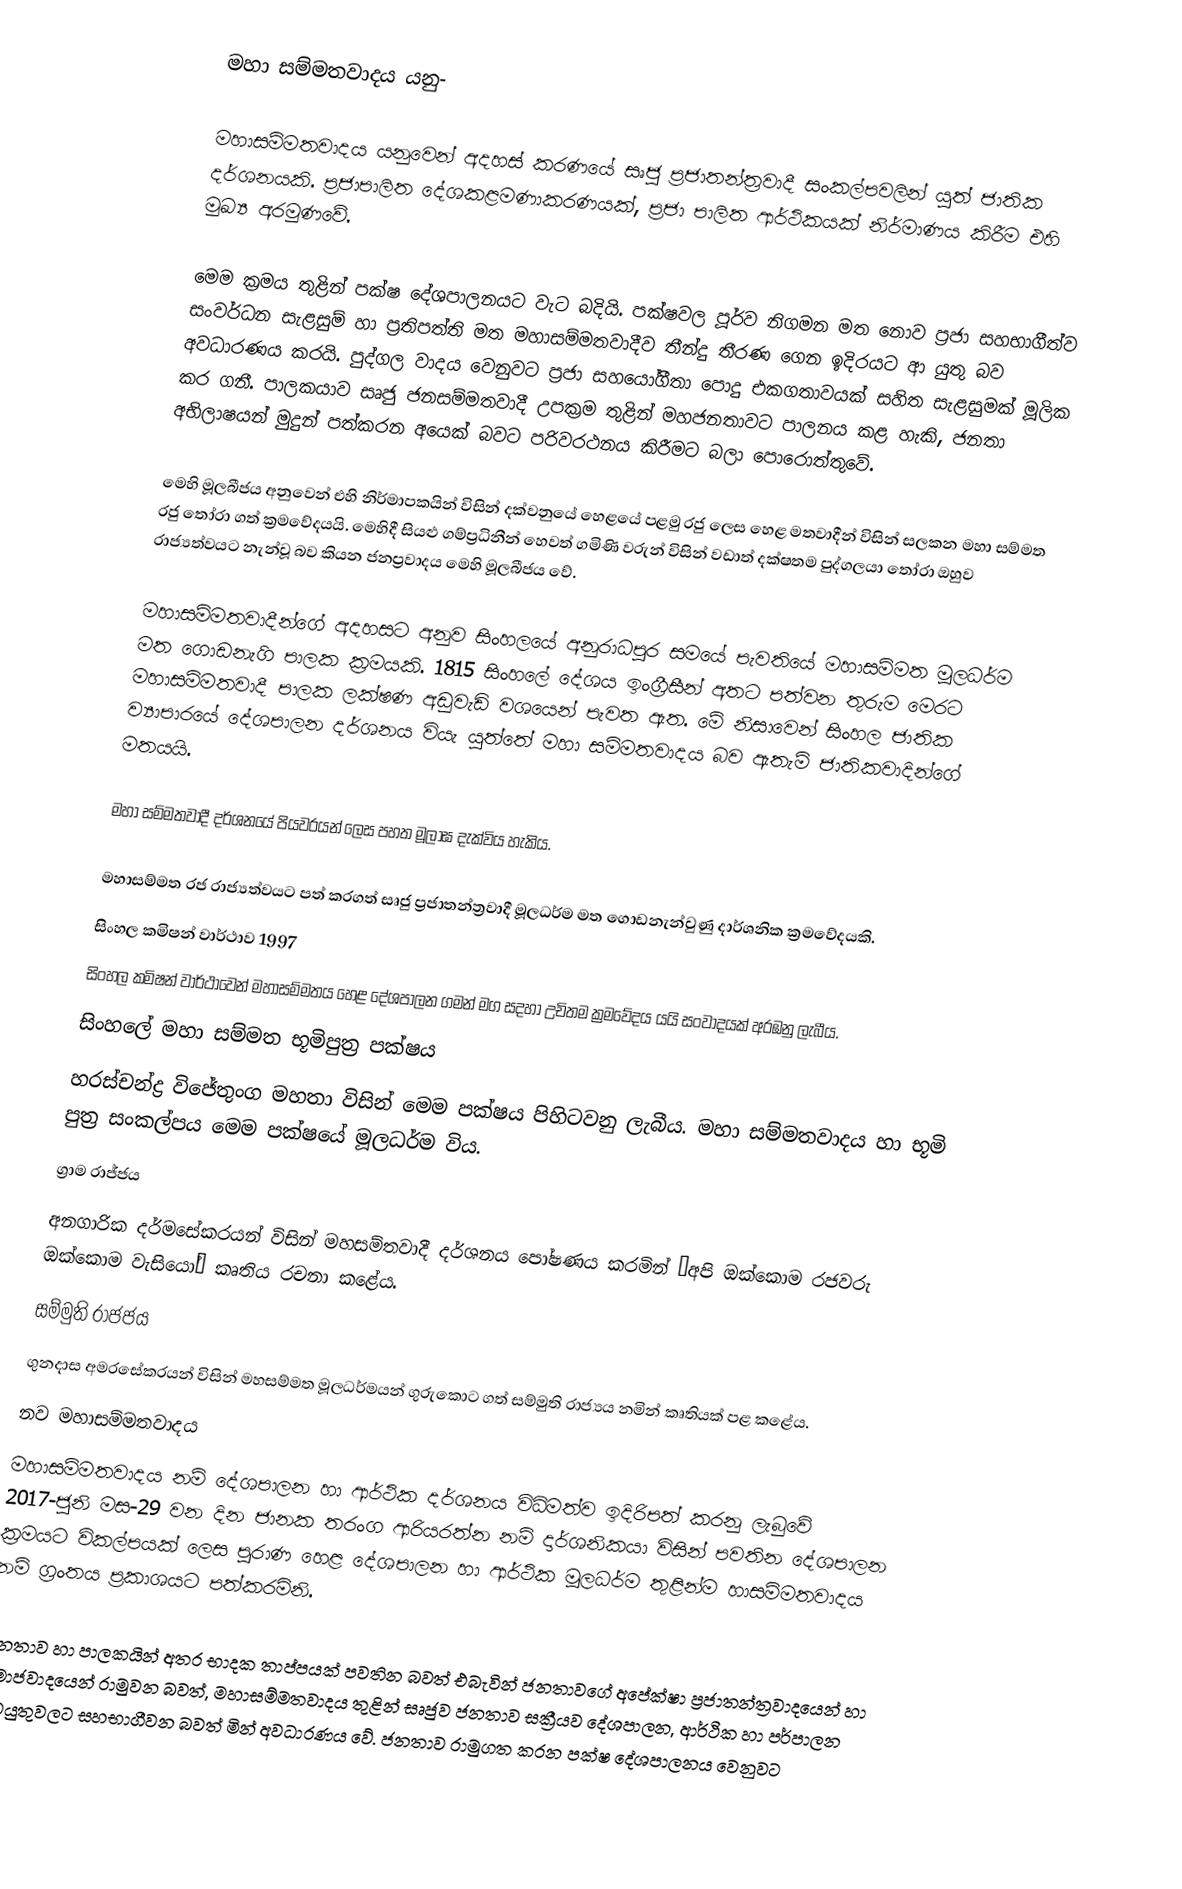
මහා සම්මතවාදය යනු-

මහාසම්මතවාදය යනුවෙන් අදහස් කරණයේ සෘජු ප්‍රජාතන්ත්‍රවාදී සංකල්පවලින් යුත් ජාතික දර්ශනයකි. ප්‍රජාපාලිත දේශකළමණාකරණයක්, ප්‍රජා පාලිත ආර්ථිකයක් නිර්මාණය කිරීම එහි මුඛ්‍ය අරමුණවේ.

මෙම ක්‍රමය තුළින් පක්ෂ දේශපාලනයට වැට බදියි. පක්ෂවල පූර්ව නිගමන මත නොව ප්‍රජා සහභාගීත්ව සංවර්ධන සැළසුම් හා ප්‍රතිපත්ති මත මහාසම්මතවාදීව තීන්දු තීරණ ගෙන ඉදිරයට ආ යුතු බව අවධාරණය කරයි. පුද්ගල වාදය වෙනුවට ප්‍රජා සහයෝගීතා පොදු එකගතාවයක් සහිත සැළසුමක් මූලික කර ගනී. පාලකයාව සෘජු ජනසම්මතවාදී උපක්‍රම තුළින්  මහජනතාවට පාලනය කළ හැකි, ජනතා අභිලාෂයන් මුදුන් පත්කරන අයෙක් බවට පරිවරථනය කිරීමට බලා පොරොත්තුවේ.

මෙහි මූලබීජය අනුවෙන් එහි නිර්මාපකයින් විසින් දක්වනුයේ හෙළයේ පළමු රජු ලෙස හෙළ මතවාදීන් විසින්  සලකන මහා සම්මත රජු තෝරා ගත් ක්‍රමවේදයයි. මෙහිදී සියළු ගම්ප්‍රධිනීන් හෙවත් ගමිණි වරුන් විසින් වඩාත් දක්ෂතම පුද්ගලයා තෝරා ඔහුව රාජ්‍යත්වයට නැන්වූ බව කියන ජනප්‍රවාදය මෙහි මූලබීජය වේ.

මහාසම්මතවාදීන්ගේ අදහසට අනුව සිංහලයේ අනුරාධපුර සමයේ පැවතියේ මහාසම්මත මූලධර්ම මත ගොඩනැගි පාලක ක්‍රමයකි. 1815 සිංහලේ දේශය ඉංග්‍රීසීන් අතට පත්වන තුරුම මෙරට මහාසම්මතවාදී පාලක ලක්ෂණ අඩුවැඩි වශයෙන් පැවත ඇත. මේ නිසාවෙන් සිංහල ජාතික ව්‍යාපාරයේ දේශපාලන දර්ශනය වියැ යුත්තේ මහා සම්මතවාදය බව ඇතැම් ජාතිකවාදින්ගේ මතයයි.

මහා සම්මතවාදී දර්ශනයේ පියවරයන් ලෙස පහත මූලාඝ දැක්විය හැකිය.

 මහාසම්මත රජ රාජ්‍යත්වයට පත් කරගත් සෘජු ප්‍රජාතන්ත්‍රවාදී මූලධර්ම මත ගොඩනැන්වුණු දාර්ශනික ක්‍රමවේදයකි.
 සිංහල කමිෂන් වාර්ථාව 1997
සිංහල කමිෂන් වාර්ථාවෙන් මහාසම්මතය හෙළ දේශපාලන ගමන් මග සදහා උචිතම ක්‍රමවේදය යයි සංවාදයක් අරඹනු ලැබීය.
 සිංහලේ මහා සම්මත භූමිපුත්‍ර පක්ෂය
හරස්චන්ද්‍ර විජේතුංග මහතා විසින් මෙම පක්ෂය පිහිටවනු ලැබීය. මහා සම්මතවාදය හා භූමි පුත්‍ර සංකල්පය මෙම පක්ෂයේ මූලධර්ම විය.
 ග්‍රාම රාජ්ජය
අනගාරික දර්මසේකරයන් විසින් මහසම්තවාදී දර්ශනය පෝෂණය කරමින් ‘අපි ඔක්කොම රජවරු ඔක්කොම වැසියෝ“ කෘතිය රචනා කළේය.
 සම්මුති රාජජය
ගුනදාස අමරසේකරයන් විසින් මහසම්මත මූලධර්මයන් ගුරුකොට ගත් සම්මුති රාජ්‍යය නමින් කෘතියක් පළ කළේය.
 නව මහාසම්මතවාදය
මහාසම්මතවාදය නම් දේශපාලන හා ආර්ථික දර්ශනය විධිමත්ව ඉදිරිපත් කරනු ලැබුවේ 2017-ජුනි මස-29 වන දින ජානක තරංග ආරියරත්න නම් දාර්ශනිකයා විසින් පවතින දේශපාලන ක්‍රමයට විකල්පයක් ලෙස පුරාණ හෙළ දේශපාලන හා ආර්ථික මූලධර්ම තුළින්ම හාසම්මතවාදය නම් ග්‍රංතය ප්‍රකාශයට පත්කරමිනි.

ජනතාව හා පාලකයින් අතර භාදක තාප්පයක් පවතින බවත් එබැවින් ජනතාවගේ අපේක්ෂා ප්‍රජාතන්ත්‍රවාදයෙන් හා සමාජවාදයෙන් රාමුවන බවත්, මහාසම්මතවාදය තුළින් සෘජුව ජනතාව සක්‍රීයව දේශපාලන, ආර්ථික හා පර්පාලන කටයුතුවලට සහභාගීවන බවත් මින් අවධාරණය වේ. ජනතාව රාමුගත කරන පක්ෂ දේශපාලනය වෙනුවට